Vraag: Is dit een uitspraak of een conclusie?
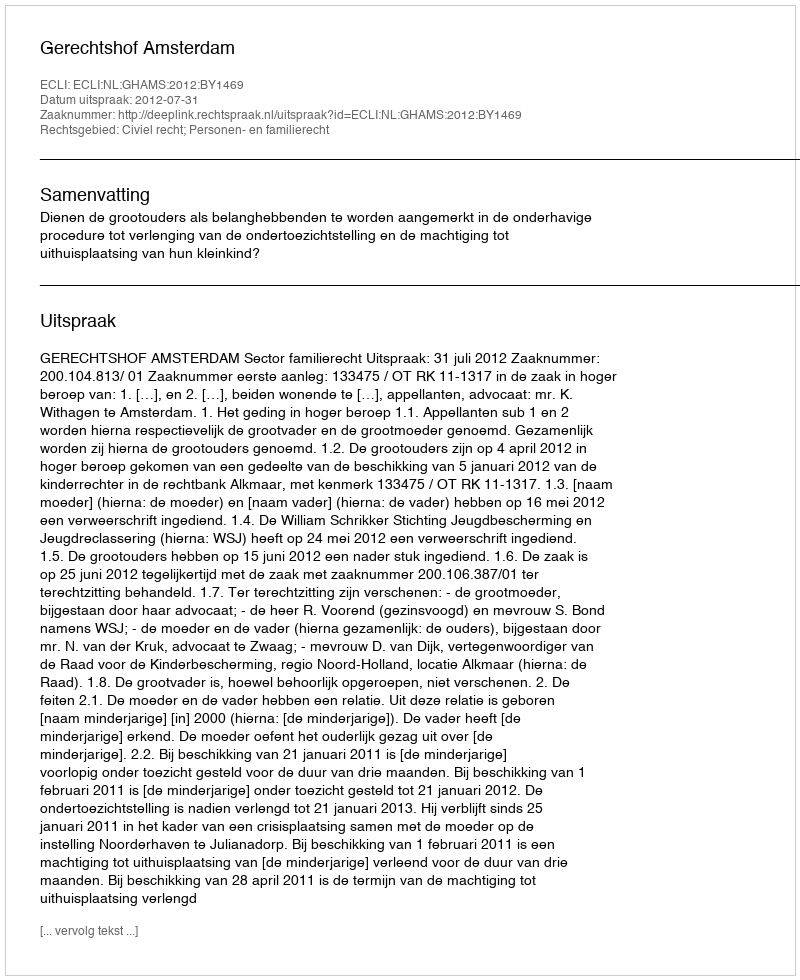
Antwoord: Uitspraak